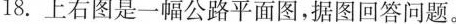
18.上右图是一幅公路平面图，据图回答问题。